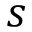
s